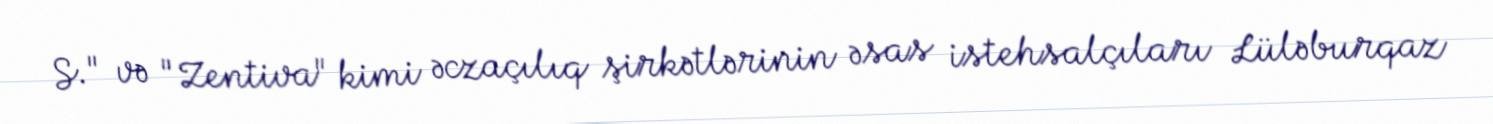
S." və "Zentiva" kimi əczaçılıq şirkətlərinin əsas istehsalçıları Lüləburqaz